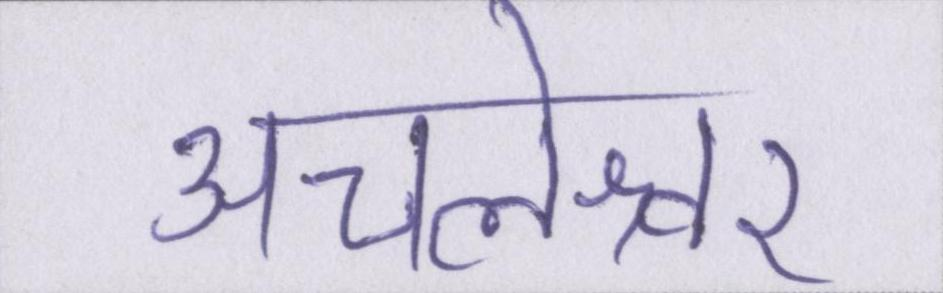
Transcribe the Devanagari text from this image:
अचलेश्वर